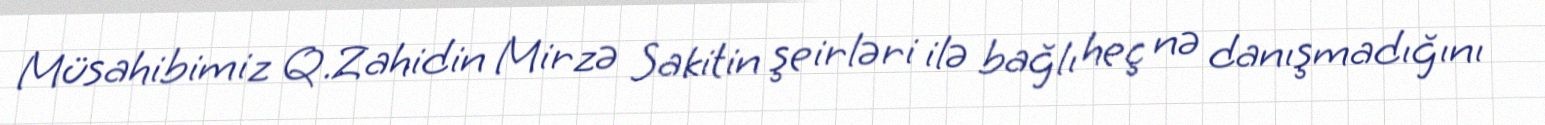
Müsahibimiz Q.Zahidin Mirzə Sakitin şeirləri ilə bağlı heç nə danışmadığını